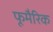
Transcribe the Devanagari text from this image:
फूमैरिक